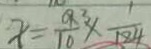
x = \frac { 9 3 } { 1 0 } \times \frac { 1 } { 1 8 4 }